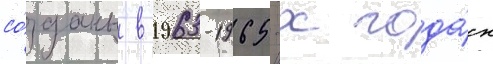
со́зданы в 1963-1965-х года́х